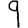
Digit: 9